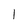
Character: l